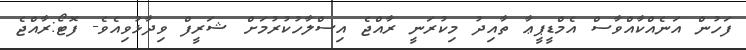
ފަހުން އަނެއްކާއްވާސް އެމްޑީޕީޢާ ތާއިދު މިކުރަނީ ރާއްޖެ އިސްލާހުކުރުމަށް ޝަރީފް ވިދާޅުވިއެވެ- ފޮޓޯ:ރާއްޖެ